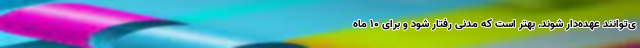
ی‌توانند عهده‌دار شوند. بهتر است که مدنی رفتار شود و برای 10 ماه